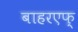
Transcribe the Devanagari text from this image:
बाहरएफ्